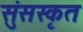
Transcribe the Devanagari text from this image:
सुंसस्कृत